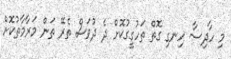
މި ހާދިސާ ހިނގި ގޮތް ތަހުގީގުކޮށް ދެ ދުވަސް ތެރޭ ތަން މަރާމާތުކޮށް